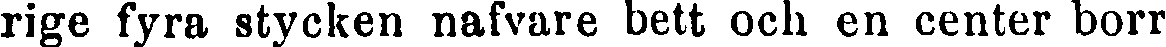
rige fyra stycken nafvare bett och en center borr